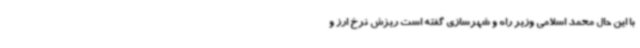
با این حال محمد اسلامی وزیر راه و شهرسازی گفته است ریزش نرخ ارز و